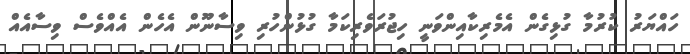
ހައްޔަރު ކުރުމާ ގުޅިގެން އެމެރިކާއިންވަނީ ހިޖުރަވެރިކަމާ ގުޅުންހުރި ވިސާނޫން އެހެން އެއްވެސް ވިސާއެއް